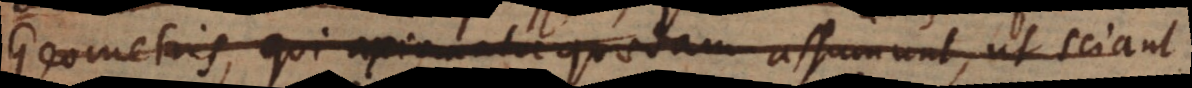
Geometris, qui axiomata quaedam assumunt, ut sciant